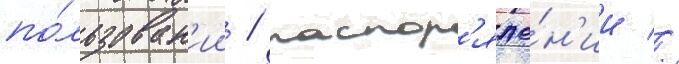
по́льзован'ии / распор'яже́н'ии //